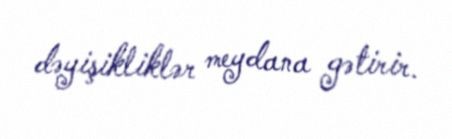
dəyişikliklər meydana gətirir.